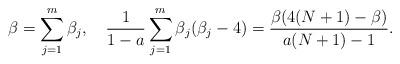
LaTeX: \begin{align*}\beta = \sum_{j=1}^{m} \beta_{j}, \quad\frac{1}{1-a} \sum_{j=1}^{m} \beta_{j} (\beta_{j}-4) = \frac{\beta (4(N+1) - \beta)}{a(N+1)-1}.\end{align*}